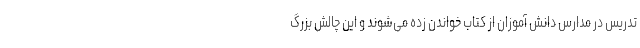
تدریس در مدارس دانش آموزان از کتاب خواندن زده می‌شوند و این چالش بزرگ